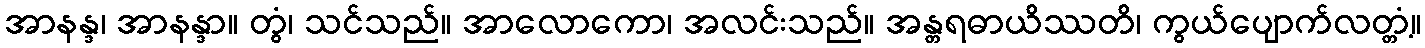
အာနန္ဒ၊ အာနန္ဒာ။ တွံ၊ သင်သည်။ အာလောကော၊ အလင်းသည်။ အန္တရဓာယိဿတိ၊ ကွယ်ပျောက်လတ္တံ့။